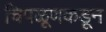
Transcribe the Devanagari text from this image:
चिपळूणकडून